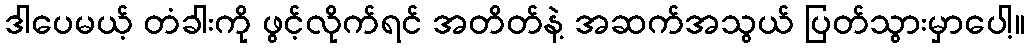
ဒါပေမယ့် တံခါးကို ဖွင့်လိုက်ရင် အတိတ်နဲ့ အဆက်အသွယ် ပြတ်သွားမှာပေါ့။